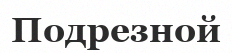
Подрезной